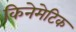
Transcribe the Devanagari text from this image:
किनेमेटिक